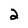
Character: 2